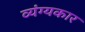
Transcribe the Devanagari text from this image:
व्‍यंग्‍यकार